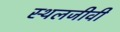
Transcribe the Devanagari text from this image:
स्थलजीवी